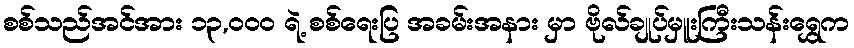
စစ်သည်အင်အား ၁၃,၀၀၀ ရဲ့ စစ်ရေးပြ အခမ်းအနား မှာ ဗိုလ်ချုပ်မှူးကြီးသန်းရွှေက